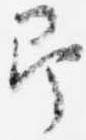
即